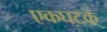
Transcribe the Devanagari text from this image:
एकघटक